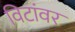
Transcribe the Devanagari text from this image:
विटांवर